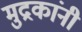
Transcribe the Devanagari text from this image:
मुद्रकांनी